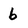
Character: 6